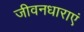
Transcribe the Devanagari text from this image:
जीवनधाराएं